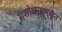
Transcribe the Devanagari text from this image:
संशोधनामधुन